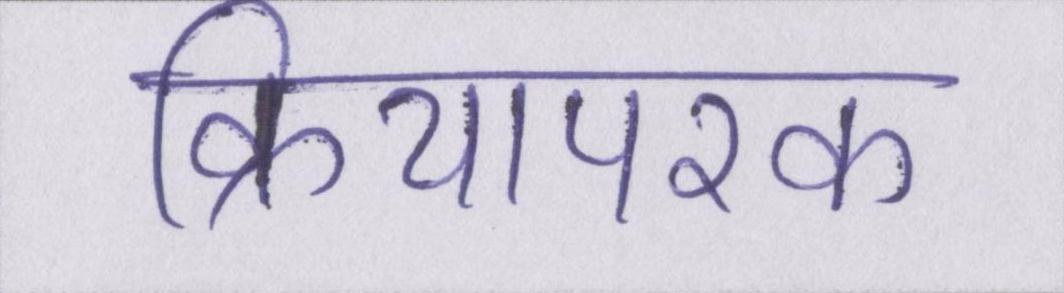
क्रियापरक